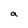
Character: a